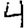
Digit: 4